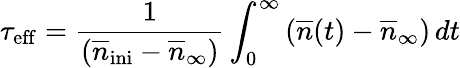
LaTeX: \tau_{\mathrm{eff}}=\frac{1}{\left(\overline{{n}}_{\mathrm{ini}}-\overline{{n}}_{\infty}\right)}\int_{0}^{\infty}\left(\overline{{n}}(t)-\overline{{n}}_{\infty}\right)\, dt